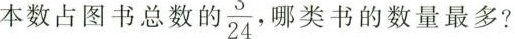
本数占图书总数 $$\frac{3}{24}$$ 哪类书的数量最多?